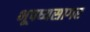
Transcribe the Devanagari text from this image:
भूपध्यसागर